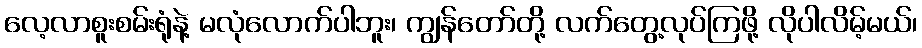
လေ့လာစူးစမ်းရုံနဲ့ မလုံလောက်ပါဘူး၊ ကျွန်တော်တို့ လက်တွေ့လုပ်ကြဖို့ လိုပါလိမ့်မယ်၊